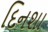
દિનશા